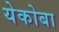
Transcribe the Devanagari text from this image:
येकोबा